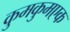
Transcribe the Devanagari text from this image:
कुमकुमएक